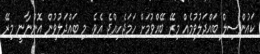
ކައުންސިލް ބައްދަލުވުމެއް މިރޭ ބޭއްވުމަށް ހަމަޖެހިއްޖެ އެވެ. މި ބައްދަލުވުން އޮންނާނީ މިރޭ